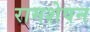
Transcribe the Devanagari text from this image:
रामशेषन